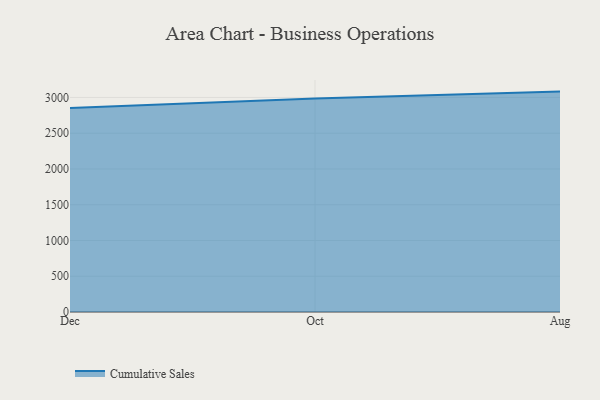
{"axis": {"x": "Month", "y": "Inventory Turnover"}, "legend": ["Cumulative Sales"], "data": [{"x": "Dec", "y": 2853.6, "type": "Cumulative Sales"}, {"x": "Oct", "y": 2985.3, "type": "Cumulative Sales"}, {"x": "Aug", "y": 3082.2, "type": "Cumulative Sales"}]}